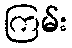
ကြမ်း